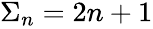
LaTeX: \begin{array}{r}{\Sigma_{n}=2n+1}\end{array}